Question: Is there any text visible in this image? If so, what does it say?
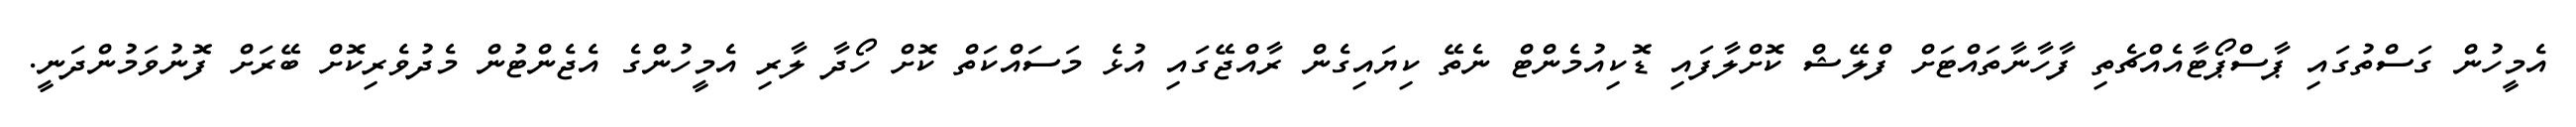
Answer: އެމީހުން ގަސްތުގައި ޕާސްޕޯޓާއެއްޗެތި ފާހާނާތައްޓަށް ފްލޭޝް ކޮށްލާފައި ޑޮކިއުމެންޓް ނެތޭ ކިޔައިގެން ރާއްޖޭގައި އުޅެ މަސައްކަތް ކޮށް ހޯދާ ލާރި އެމީހުންގެ އެޖެންޓުން މެދުވެރިކޮށް ބޭރަށް ފޮނުވަމުންދަނީ.